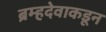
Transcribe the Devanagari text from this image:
ब्रम्हदेवाकडून